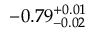
- 0 . 7 9 _ { - 0 . 0 2 } ^ { + 0 . 0 1 }